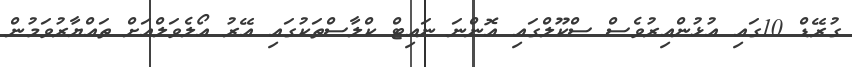
ގުރޭޑް 10ގައި އުޅުންއިރުވެސް ސްކޫލްގައި އޮންނަ ނައިޓް ކްލާސްތަކުގައި އޭރު އޯލެވަލްއަށް ތައްޔާރުވަމުން